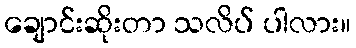
ချောင်းဆိုးတာ သလိပ် ပါလား။